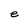
Character: e